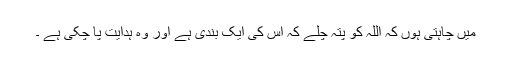
میں چاہتی ہوں کہ اللہ کو پتہ چلے کہ اس کی ایک بندی ہے اور وہ ہدایت پا چکی ہے ۔